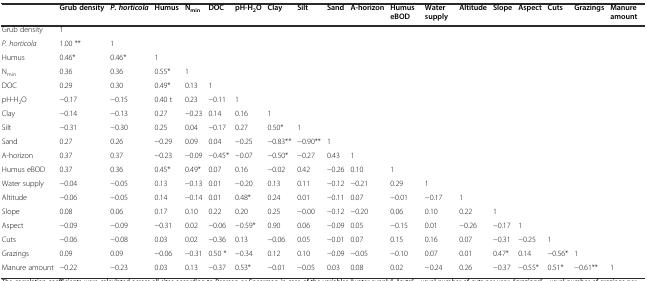
<table><thead><tr><td></td><td><b>Grub density</b></td><td><b><i>P. horticola</i></b></td><td><b>Humus</b></td><td><b>N<sub>min</sub></b></td><td><b>DOC</b></td><td><b>pH-H<sub>2</sub>O</b></td><td><b>Clay</b></td><td><b>Silt</b></td><td><b>Sand</b></td><td><b>A-horizon</b></td><td><b>Humus eBOD</b></td><td><b>Water supply</b></td><td><b>Altitude</b></td><td><b>Slope</b></td><td><b>Aspect</b></td><td><b>Cuts</b></td><td><b>Grazings</b></td><td><b>Manure amount</b></td></tr></thead><tbody><tr><td>Grub density</td><td>1</td><td></td><td></td><td></td><td></td><td></td><td></td><td></td><td></td><td></td><td></td><td></td><td></td><td></td><td></td><td></td><td></td><td></td></tr><tr><td><i>P. horticola</i></td><td>1.00 **</td><td>1</td><td></td><td></td><td></td><td></td><td></td><td></td><td></td><td></td><td></td><td></td><td></td><td></td><td></td><td></td><td></td><td></td></tr><tr><td>Humus</td><td>0.46*</td><td>0.46*</td><td>1</td><td></td><td></td><td></td><td></td><td></td><td></td><td></td><td></td><td></td><td></td><td></td><td></td><td></td><td></td><td></td></tr><tr><td>N<sub>min</sub></td><td>0.36</td><td>0.36</td><td>0.55*</td><td>1</td><td></td><td></td><td></td><td></td><td></td><td></td><td></td><td></td><td></td><td></td><td></td><td></td><td></td><td></td></tr><tr><td>DOC</td><td>0.29</td><td>0.30</td><td>0.49*</td><td>0.13</td><td>1</td><td></td><td></td><td></td><td></td><td></td><td></td><td></td><td></td><td></td><td></td><td></td><td></td><td></td></tr><tr><td>pH-H<sub>2</sub>O</td><td>−0.17</td><td>−0.15</td><td>0.40 t</td><td>0.23</td><td>−0.11</td><td>1</td><td></td><td></td><td></td><td></td><td></td><td></td><td></td><td></td><td></td><td></td><td></td><td></td></tr><tr><td>Clay</td><td>−0.14</td><td>−0.13</td><td>0.27</td><td>−0.23</td><td>0.14</td><td>0.16</td><td>1</td><td></td><td></td><td></td><td></td><td></td><td></td><td></td><td></td><td></td><td></td><td></td></tr><tr><td>Silt</td><td>−0.31</td><td>−0.30</td><td>0.25</td><td>0.04</td><td>−0.17</td><td>0.27</td><td>0.50*</td><td>1</td><td></td><td></td><td></td><td></td><td></td><td></td><td></td><td></td><td></td><td></td></tr><tr><td>Sand</td><td>0.27</td><td>0.26</td><td>−0.29</td><td>0.09</td><td>0.04</td><td>−0.25</td><td>−0.83**</td><td>−0.90**</td><td>1</td><td></td><td></td><td></td><td></td><td></td><td></td><td></td><td></td><td></td></tr><tr><td>A-horizon</td><td>0.37</td><td>0.37</td><td>−0.23</td><td>−0.09</td><td>−0.45*</td><td>−0.07</td><td>−0.50*</td><td>−0.27</td><td>0.43</td><td>1</td><td></td><td></td><td></td><td></td><td></td><td></td><td></td><td></td></tr><tr><td>Humus eBOD</td><td>0.37</td><td>0.36</td><td>0.45*</td><td>0.49*</td><td>0.07</td><td>0.16</td><td>−0.02</td><td>0.42</td><td>−0.26</td><td>0.10</td><td>1</td><td></td><td></td><td></td><td></td><td></td><td></td><td></td></tr><tr><td>Water supply</td><td>−0.04</td><td>−0.05</td><td>0.13</td><td>−0.13</td><td>0.01</td><td>−0.20</td><td>0.13</td><td>0.11</td><td>−0.12</td><td>−0.21</td><td>0.29</td><td>1</td><td></td><td></td><td></td><td></td><td></td><td></td></tr><tr><td>Altitude</td><td>−0.06</td><td>−0.05</td><td>0.14</td><td>−0.14</td><td>0.01</td><td>0.48*</td><td>0.24</td><td>0.01</td><td>−0.11</td><td>0.07</td><td>−0.01</td><td>−0.17</td><td>1</td><td></td><td></td><td></td><td></td><td></td></tr><tr><td>Slope</td><td>0.08</td><td>0.06</td><td>0.17</td><td>0.10</td><td>0.22</td><td>0.20</td><td>0.25</td><td>−0.00</td><td>−0.12</td><td>−0.20</td><td>0.06</td><td>0.10</td><td>0.22</td><td>1</td><td></td><td></td><td></td><td></td></tr><tr><td>Aspect</td><td>−0.09</td><td>−0.09</td><td>−0.31</td><td>0.02</td><td>−0.06</td><td>−0.59*</td><td>0.90</td><td>0.06</td><td>−0.09</td><td>0.05</td><td>−0.15</td><td>0.01</td><td>−0.26</td><td>−0.17</td><td>1</td><td></td><td></td><td></td></tr><tr><td>Cuts</td><td>−0.06</td><td>−0.08</td><td>0.03</td><td>0.02</td><td>−0.36</td><td>0.13</td><td>−0.06</td><td>0.05</td><td>−0.01</td><td>0.07</td><td>0.15</td><td>0.16</td><td>0.07</td><td>−0.31</td><td>−0.25</td><td>1</td><td></td><td></td></tr><tr><td>Grazings</td><td>0.09</td><td>0.09</td><td>−0.06</td><td>−0.31</td><td>0.50 *</td><td>−0.34</td><td>0.12</td><td>0.10</td><td>−0.09</td><td>−0.05</td><td>−0.10</td><td>0.07</td><td>0.01</td><td>0.47*</td><td>0.14</td><td>−0.56*</td><td>1</td><td></td></tr><tr><td>Manure amount</td><td>−0.22</td><td>−0.23</td><td>0.03</td><td>0.13</td><td>−0.37</td><td>0.53*</td><td>−0.01</td><td>−0.05</td><td>0.03</td><td>0.08</td><td>0.02</td><td>−0.24</td><td>0.26</td><td>−0.37</td><td>−0.55*</td><td>0.51*</td><td>−0.61**</td><td>1</td></tr></tbody></table>